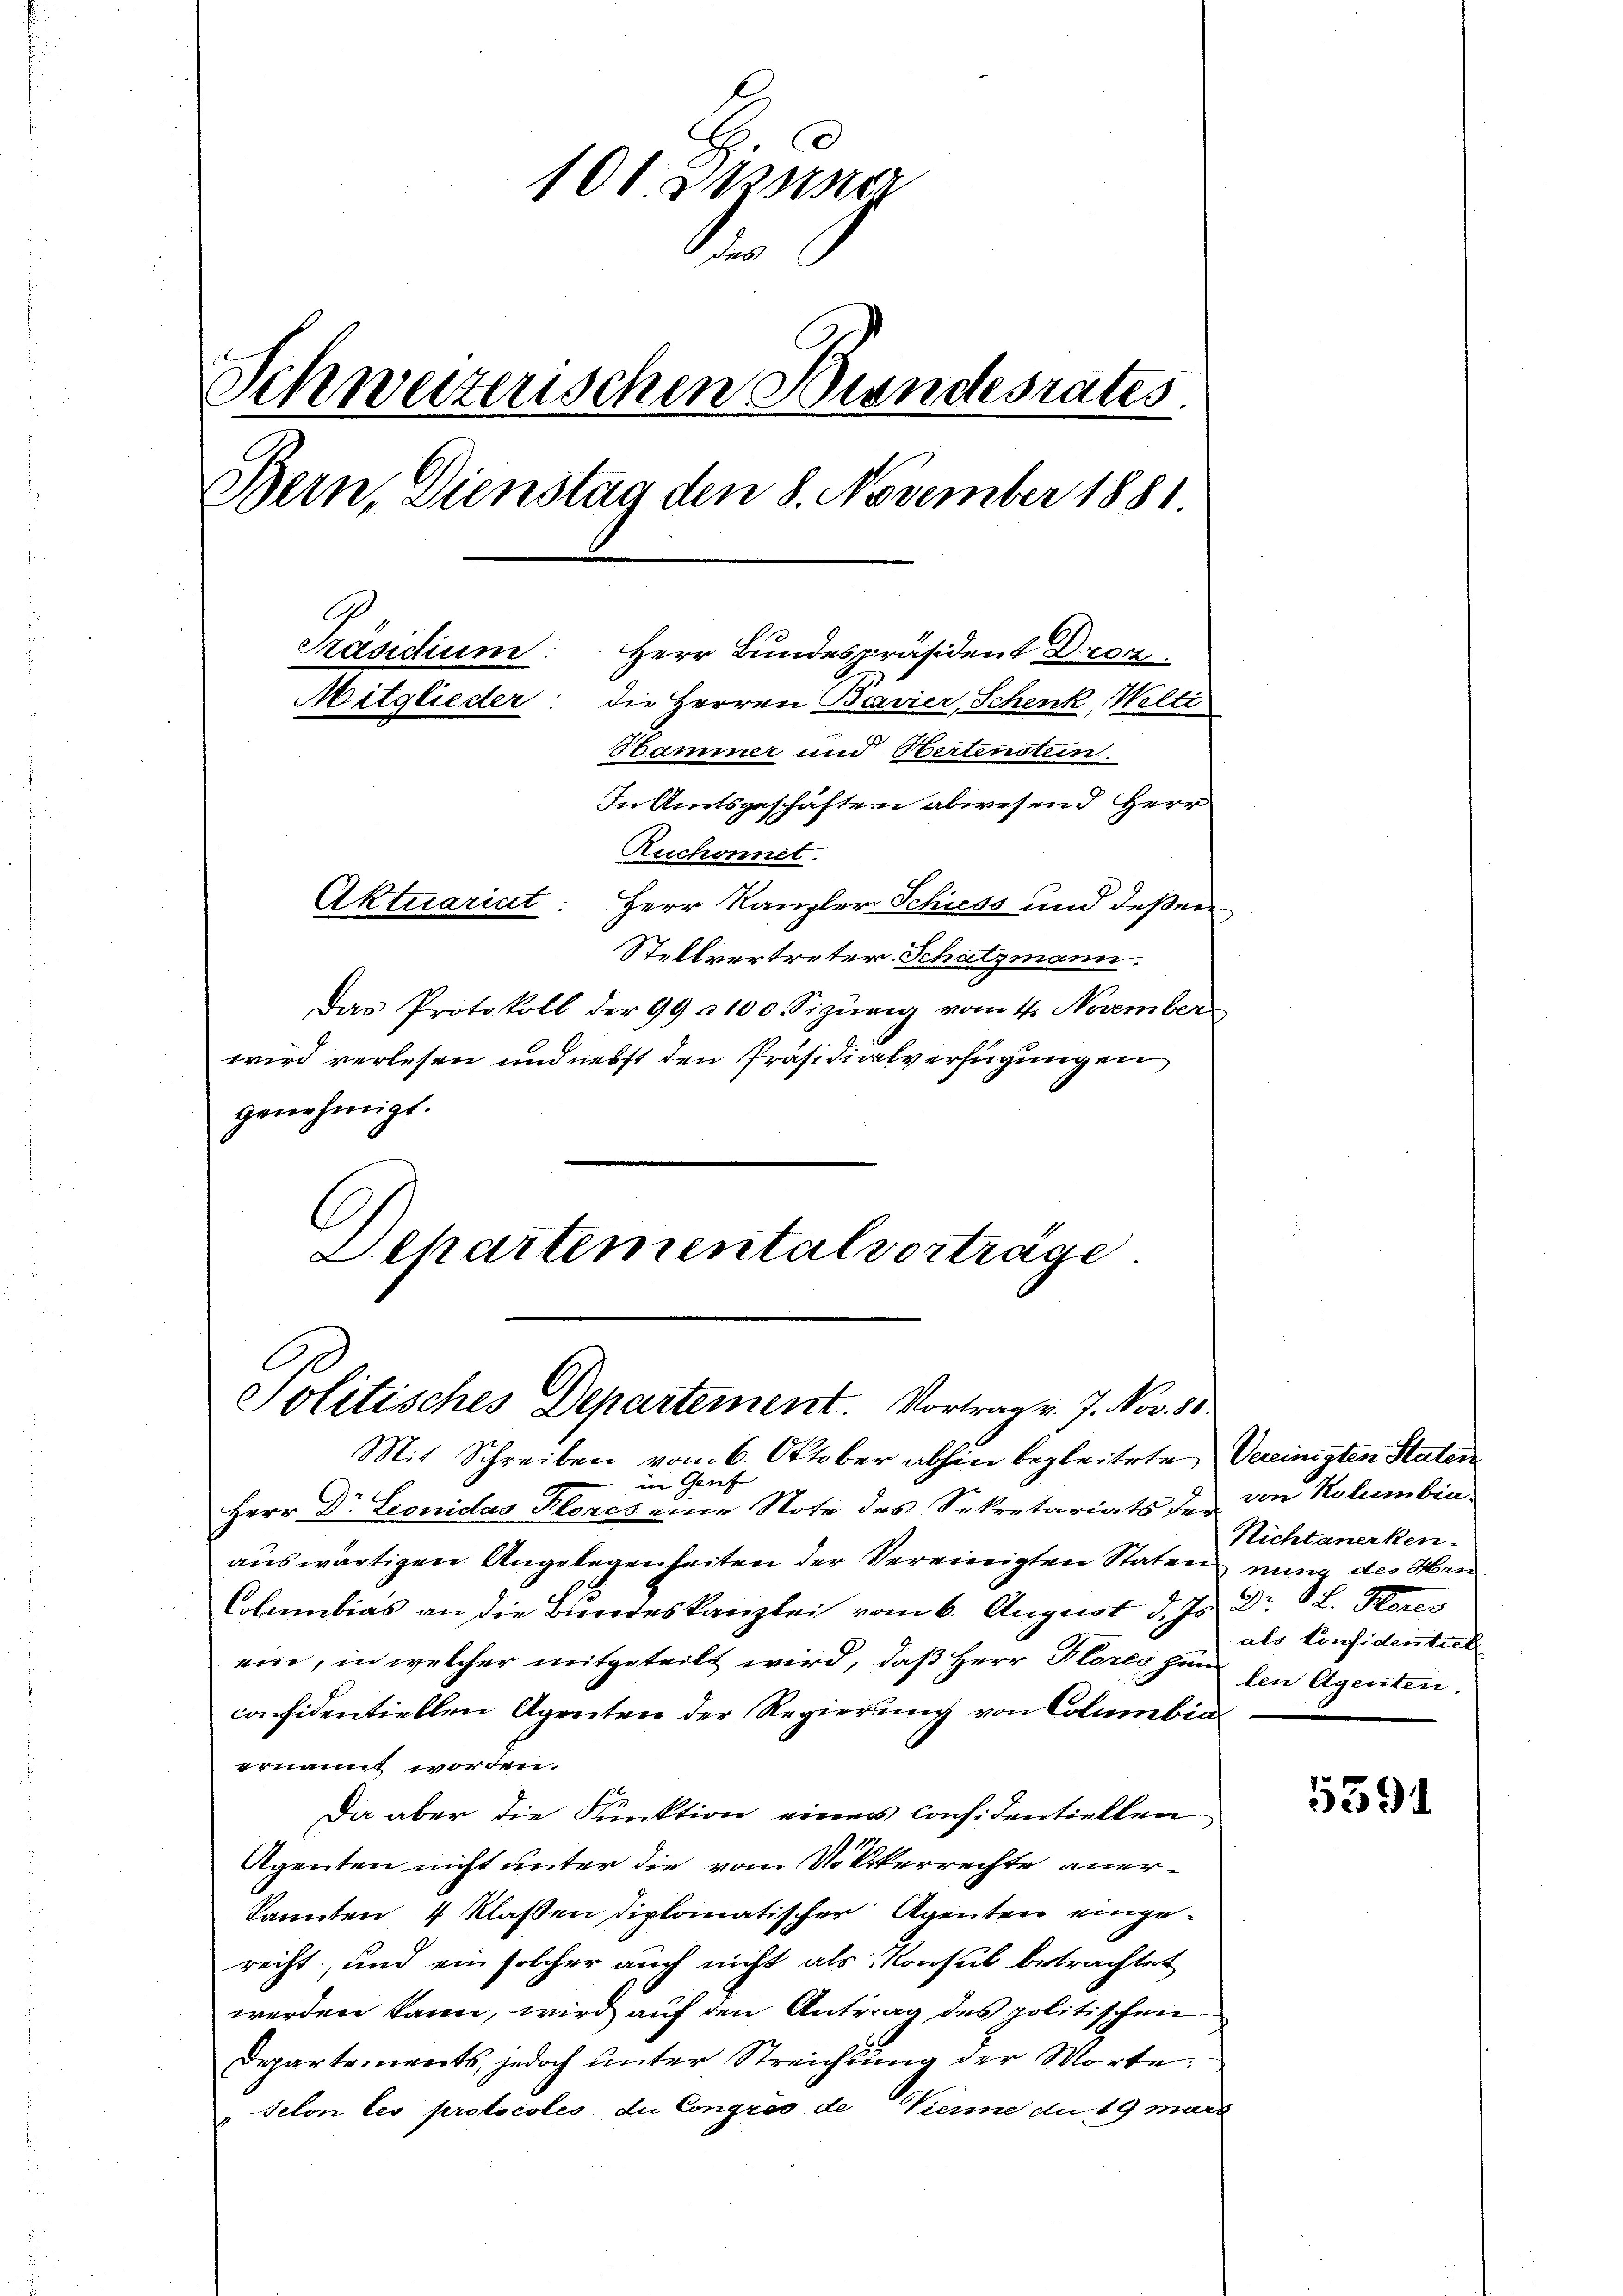
100 Manne
.
Schweizerischen Bundesrates.
Bern, Dienstag den 8. November 1881.
Präsidium: Herr Bundespräsident Droz.
Mitglieder: die Herren Bavier, Schenk, Welti
Hammer und Hertenstein.
In Amtsgeschäften abwesend Herr
Ruchonnet.
Aktuariat:
Herr Kanzler Schiess und deßen
Stellvertreter Schatzmann.

Das Protokoll der 99 u 100 Sizŭng vom 4. November
wird verlesen und nebst den Präsidialverfügungen
genehmigt.
Dehartemental vorträge

Solitisches Departement. Vortrag v. 7. Nov. 88.

Mit Schreiben vom 6. Oktober abhin begleitete, Vereinigten Staten
in Genf
Herr Dr. Leonidas Klones eine Note des Sekretariats der
auswärtigen Angelegenheiten der Vereinigten Staten des Hrn
Columbias an die Bundeskanzlei vom 6. August d. Js. Dr. L. Kan
ein, in welcher mitgeteilt wird, daß Herr Flores zum
casidentiellen Agenten der Regierung von Columbia
ernannt worden.
Da aber die Punktion einer Considentiellen
Agenten nicht unter die vom Volkerrechte anerkannten 4 Klassen diplomatischer Agenten eingerecht, und ein solcher auch nicht als Konsul betrachtet
werden kann, wird auf den Antrag des politischen
Departements, jedoch unter Streichung der Worte:
selon les protocoles, die Congros de Vierme du 19 marc

von Kolumbia-
Nichtanerken.
als Confidentiel
len Agenten,

539